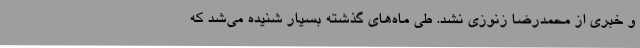
و خبری از محمدرضا زنوزی نشد. طی ماه‌های گذشته بسیار شنیده می‌شد که